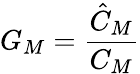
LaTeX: G_{M}=\frac{\hat{C}_{M}}{C_{M}}